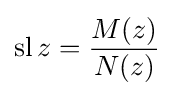
\operatorname {sl} z={\frac {M(z)}{N(z)}}